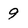
Character: 9